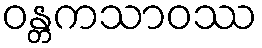
ဝန္တကသာဝဿ